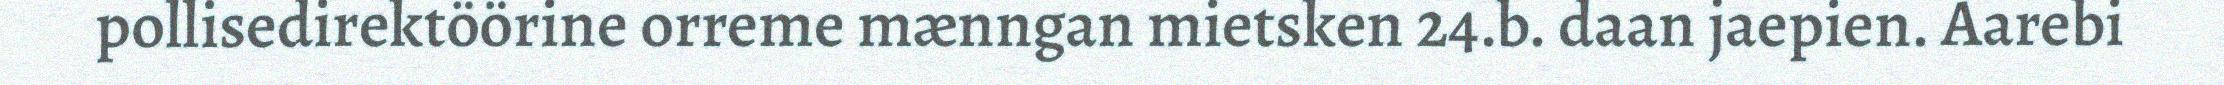
pollisedirektöörine orreme mænngan mietsken 24.b. daan jaepien. Aarebi